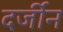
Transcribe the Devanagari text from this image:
दर्जीन